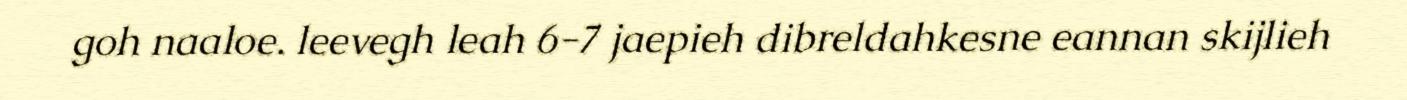
goh naaloe. leevegh leah 6-7 jaepieh dibreldahkesne eannan skijlieh